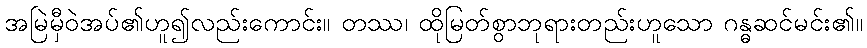
အမြဲမှီဝဲအပ်၏ဟူ၍လည်းကောင်း။ တဿ၊ ထိုမြတ်စွာဘုရားတည်းဟူသော ဂန္ဓဆင်မင်း၏။